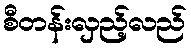
စီတန်းလှည့်လည်